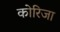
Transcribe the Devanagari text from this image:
कोरिजा